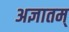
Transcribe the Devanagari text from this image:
अज्ञातम्‌